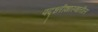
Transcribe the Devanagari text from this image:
पद्ध्तीशास्त्रातील